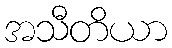
အသီတိယာ